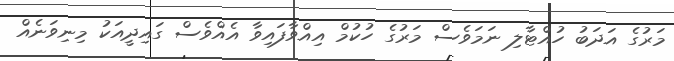
މަރުގެ އަދަބު ހުއްޓާލި ނަމަވެސް މަރުގެ ހުކުމް އިއްވާފައިވާ އެއްވެސް ގައިދީއަކު މިނިވަނެއް